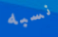
نسبه